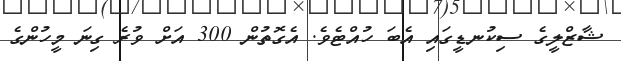
ޝާޒްލީގެ ސިކުނޑީގައި އެބަ ހުއްޓެވެ. އެގޮތުން 300 އަށް ވުރެ ގިނަ މީހުންގެ